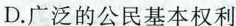
D.广泛的公民基本权利